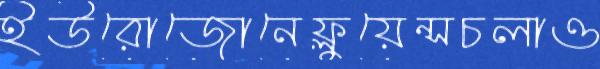
ইউরোজোনেফ্লুয়েন্সচলাও